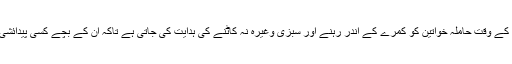
اکثر معاشروں میں گرہن کے وقت حاملہ خواتین کو کمرے کے اندر رہنے اور سبزی وغیرہ نہ کاٹنے کی ہدایت کی جاتی ہے تاکہ ان کے بچے کسی پیدائشی نقص کے بغیر پیدا ہوں۔